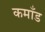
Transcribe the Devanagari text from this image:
कमाँड